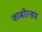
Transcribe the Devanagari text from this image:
कार्बोरन्डम